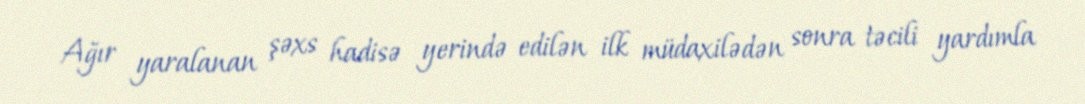
Ağır yaralanan şəxs hadisə yerində edilən ilk müdaxilədən sonra təcili yardımla